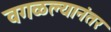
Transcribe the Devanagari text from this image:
वगळल्यानंतर